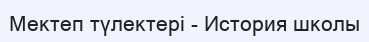
Мектеп түлектері - История школы